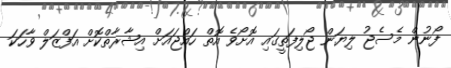
ފޯނުން މެސެޖު ލިޔަން ޖޯލިފަތީގައި އޮށޯވެ އޮތް ހައްޖައަށް އިޝާރާތްކޮށް އަފްޒަލް ވާހަކަ